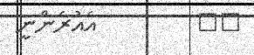
١٢         އެއުރެންނީ